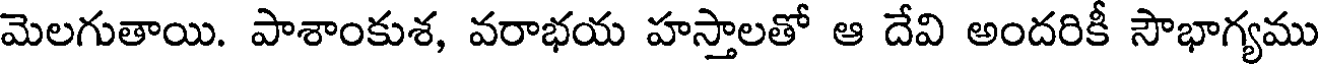
మెలగుతాయి. పాశాంకుశ, వరాభయ హస్తాలతో ఆ దేవి అందరికీ సౌభాగ్యము